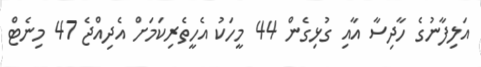
އަލިފާނުގެ ހާދިސާ އާއި ގުޅިގެން 44 މީހަކު އެހީތެރިކަމަށް އެދިއްޖެ 47 މިނެޓް